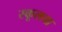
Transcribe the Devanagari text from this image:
स्कूलचा